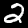
Digit: 2